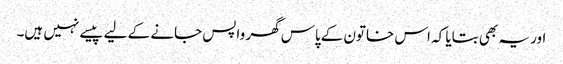
اور یہ بھی بتایا کہ اس خاتون کےپاس گھر واپس جانے کے لیے پیسے نہیں ہیں۔